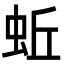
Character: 蚯